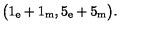
\bigl ( 1 _ { \mathrm { e } } + 1 _ { \mathrm { m } } , 5 _ { \mathrm { e } } + 5 _ { \mathrm { m } } \bigr ) .